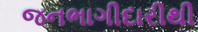
જનભાગીદારીથી